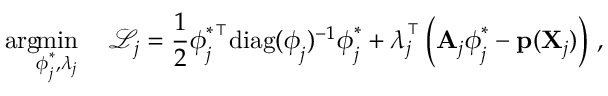
\arg \! \! \operatorname* { m i n } _ { \boldsymbol { \phi } _ { j } ^ { \ast } , \boldsymbol { \lambda } _ { j } } \quad \mathcal { L } _ { j } = \frac { 1 } { 2 } \boldsymbol { \phi } _ { j } ^ { \ast \intercal } \mathrm { d i a g } ( \boldsymbol { \phi } _ { j } ) ^ { - 1 } \boldsymbol { \phi } _ { j } ^ { \ast } + \boldsymbol { \lambda } _ { j } ^ { \intercal } \left( \mathbf { A } _ { j } \boldsymbol { \phi } _ { j } ^ { \ast } - \mathbf { p } ( \mathbf { X } _ { j } ) \right) \, ,